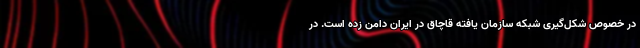
در خصوص شکل‌گیری شبکه سازمان یافته قاچاق در ایران دامن زده است. در